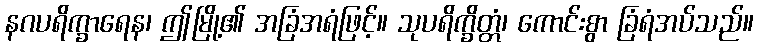
နဂပရိက္ခာရေန၊ ဤမြို့၏ အခြံအရံဖြင့်။ သုပရိက္ခိတ္တံ၊ ကောင်းစွာ ခြံရံအပ်သည်။